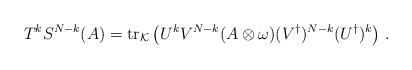
LaTeX: \begin{align*}T^kS^{N-k}( A)=\operatorname{tr}_{\mathcal K}\left( {U}^{k}{V}^{{N-k}}(A\otimes\omega)({V}^\dagger)^{{N-k}}({U}^{\dagger})^{k} \right)\,.\end{align*}